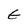
Character: E